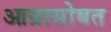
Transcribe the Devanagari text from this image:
आग्रासोबत